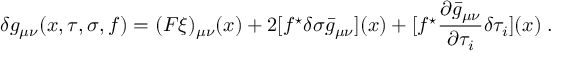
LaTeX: \delta g _ { \mu \nu } ( x , \tau , \sigma , f ) = ( F \xi ) _ { \mu \nu } ( x ) + 2 [ f ^ { \star } \delta \sigma \bar { g } _ { \mu \nu } ] ( x ) + [ f ^ { \star } \frac { \partial \bar { g } _ { \mu \nu } } { \partial \tau _ { i } } \delta \tau _ { i } ] ( x ) \; .